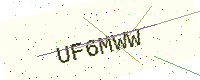
Text: UF6MWW